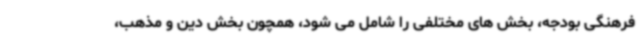
فرهنگی بودجه، بخش های مختلفی را شامل می شود، همچون بخش دین و مذهب،